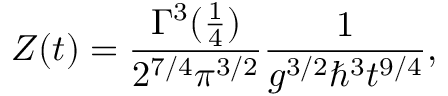
Z ( t ) = { \frac { \Gamma ^ { 3 } ( { \frac { 1 } { 4 } } ) } { 2 ^ { 7 / 4 } \pi ^ { 3 / 2 } } } { \frac { 1 } { g ^ { 3 / 2 } \hbar ^ { 3 } t ^ { 9 / 4 } } } ,